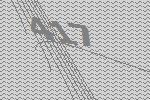
417